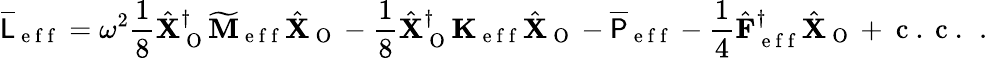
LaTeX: \overline{{\mathsf{L}}}_{\mathrm{~e~f~f~}}=\omega^{2}\frac{1}{8}\hat{\mathbf{X}}_{\mathrm{~O~}}^{\dagger}\mathbf{\widetilde{M}}_{\mathrm{~e~f~f~}}\hat{\mathbf{X}}_{\mathrm{~O~}}-\frac{1}{8}\hat{\mathbf{X}}_{\mathrm{~O~}}^{\dagger}\mathbf{K}_{\mathrm{~e~f~f~}}\hat{\mathbf{X}}_{\mathrm{~O~}}-\overline{{\mathsf{P}}}_{\mathrm{~e~f~f~}}-\frac{1}{4}\hat{\mathbf{F}}_{\mathrm{~e~f~f~}}^{\dagger}\hat{\mathbf{X}}_{\mathrm{~O~}}+\mathrm{~c~.~c~.~}\, .